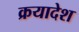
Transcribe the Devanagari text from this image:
क्रयादेश